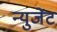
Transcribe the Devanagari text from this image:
न्युजेंट